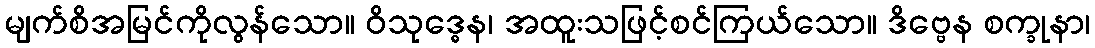
မျက်စိအမြင်ကိုလွန်သော။ ဝိသုဒ္ဓေန၊ အထူးသဖြင့်စင်ကြယ်သော။ ဒိဗ္ဗေန စက္ခုနာ၊